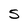
Character: 5